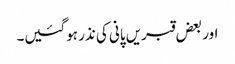
اور بعض قبریں پانی کی نذر ہوگئیں۔